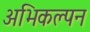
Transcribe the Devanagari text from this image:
अभिकल्‍पन